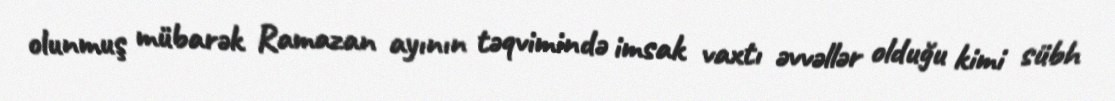
olunmuş mübarək Ramazan ayının təqvimində imsak vaxtı əvvəllər olduğu kimi sübh